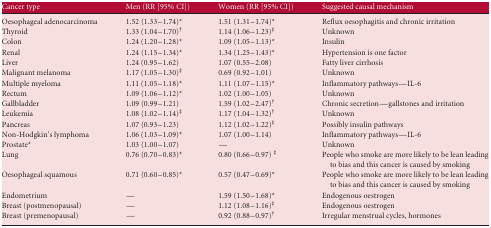
<table><thead><tr><td><b>Cancer type</b></td><td><b>Men (RR [95% CI])</b></td><td><b>Women (RR [95% CI])</b></td><td><b>Suggested causal mechanism</b></td></tr></thead><tbody><tr><td>Oesophageal adenocarcinoma</td><td>1.52 (1.33–1.74)*</td><td>1.51 (1.31–1.74)*</td><td>Reflux oesophagitis and chronic irritation</td></tr><tr><td>Thyroid</td><td>1.33 (1.04–1.70)†</td><td>1.14 (1.06–1.23)‡</td><td>Unknown</td></tr><tr><td>Colon</td><td>1.24 (1.20–1.28)*</td><td>1.09 (1.05–1.13)*</td><td>Insulin</td></tr><tr><td>Renal</td><td>1.24 (1.15–1.34)*</td><td>1.34 (1.25–1.43)*</td><td>Hypertension is one factor</td></tr><tr><td>Liver</td><td>1.24 (0.95–1.62)</td><td>1.07 (0.55–2.08)</td><td>Fatty liver cirrhosis</td></tr><tr><td>Malignant melanoma</td><td>1.17 (1.05–1.30)‡</td><td>0.69 (0.92–1.01)</td><td>Unknown</td></tr><tr><td>Multiple myeloma</td><td>1.11 (1.05–1.18)*</td><td>1.11 (1.07–1.15)*</td><td>Inflammatory pathways—IL-6</td></tr><tr><td>Rectum</td><td>1.09 (1.06–1.12)*</td><td>1.02 (1.00–1.05)</td><td>Unknown</td></tr><tr><td>Gallbladder</td><td>1.09 (0.99–1.21)</td><td>1.59 (1.02–2.47)†</td><td>Chronic secretion—gallstones and irritation</td></tr><tr><td>Leukemia</td><td>1.08 (1.02–1.14)‡</td><td>1.17 (1.04–1.32)†</td><td>Unknown</td></tr><tr><td>Pancreas</td><td>1.07 (0.93–1.23)</td><td>1.12 (1.02–1.22)‡</td><td>Possibly insulin pathways</td></tr><tr><td>Non-Hodgkin&#x27;s lymphoma</td><td>1.06 (1.03–1.09)*</td><td>1.07 (1.00–1.14)</td><td>Inflammatory pathways—IL-6</td></tr><tr><td>Prostate</td><td>1.03 (1.00–1.07)</td><td>—</td><td>Unknown</td></tr><tr><td>Lung</td><td>0.76 (0.70–0.83)*</td><td>0.80 (0.66–0.97) ‡</td><td>People who smoke are more likely to be lean leading to bias and this cancer is caused by smoking</td></tr><tr><td>Oesophageal squamous</td><td>0.71 (0.60–0.85)*</td><td>0.57 (0.47–0.69)*</td><td>People who smoke are more likely to be lean leading to bias and this cancer is caused by smoking</td></tr><tr><td>Endometrium</td><td>—</td><td>1.59 (1.50–1.68)*</td><td>Endogenous oestrogen</td></tr><tr><td>Breast (postmenopausal)</td><td>—</td><td>1.12 (1.08–1.16)‡</td><td>Endogenous oestrogen</td></tr><tr><td>Breast (premenopausal)</td><td>—</td><td>0.92 (0.88–0.97)†</td><td>Irregular menstrual cycles, hormones</td></tr></tbody></table>